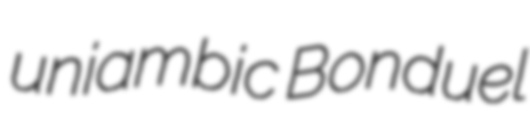
uniambic Bonduel